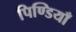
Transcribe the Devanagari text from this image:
पिण्डियाँ